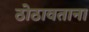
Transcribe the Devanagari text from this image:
ठोठावताना